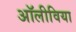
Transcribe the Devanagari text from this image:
अॉलीविया